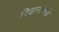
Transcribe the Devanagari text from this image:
विद्वानांकडे